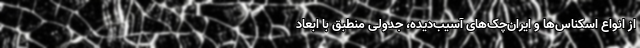
از انواع اسکناس‌ها و ایران‌چک‌های آسیب‌دیده، جدولی منطبق با ابعاد